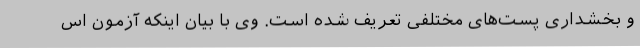
و بخشداری پست‌های مختلفی تعریف شده است. وی با بیان اینکه آزمون اس